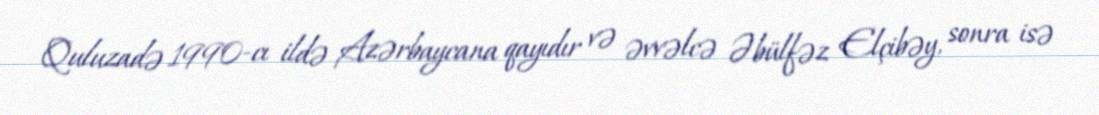
Quluzadə 1990-cı ildə Azərbaycana qayıdır və əvvəlcə Əbülfəz Elçibəy, sonra isə